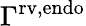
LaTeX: \Gamma^{\mathrm{{rv,endo}}}